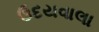
ઉદયવાલા